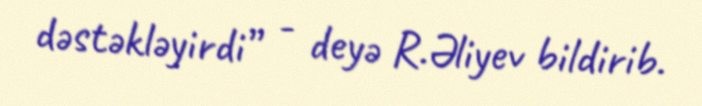
dəstəkləyirdi” - deyə R.Əliyev bildirib.